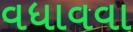
વધાવવા